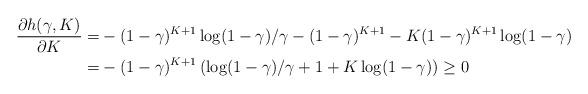
LaTeX: \begin{align*}\frac{\partial h(\gamma, K)}{\partial K} =& -(1-\gamma)^{K+1}\log(1-\gamma)/\gamma - (1-\gamma)^{K+1} - K(1-\gamma)^{K+1} \log(1-\gamma)\\=&-(1-\gamma)^{K+1}\left(\log(1-\gamma)/\gamma +1+K\log(1-\gamma)\right)\geq 0\end{align*}